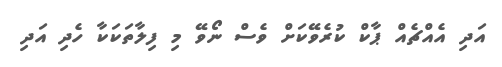
އަދި އެއްޗެއް ޕާކް ކުރެވޭކަށް ވެސް ނޯވޭ މި ފިލާތަކަކާ ހެދި އަދި